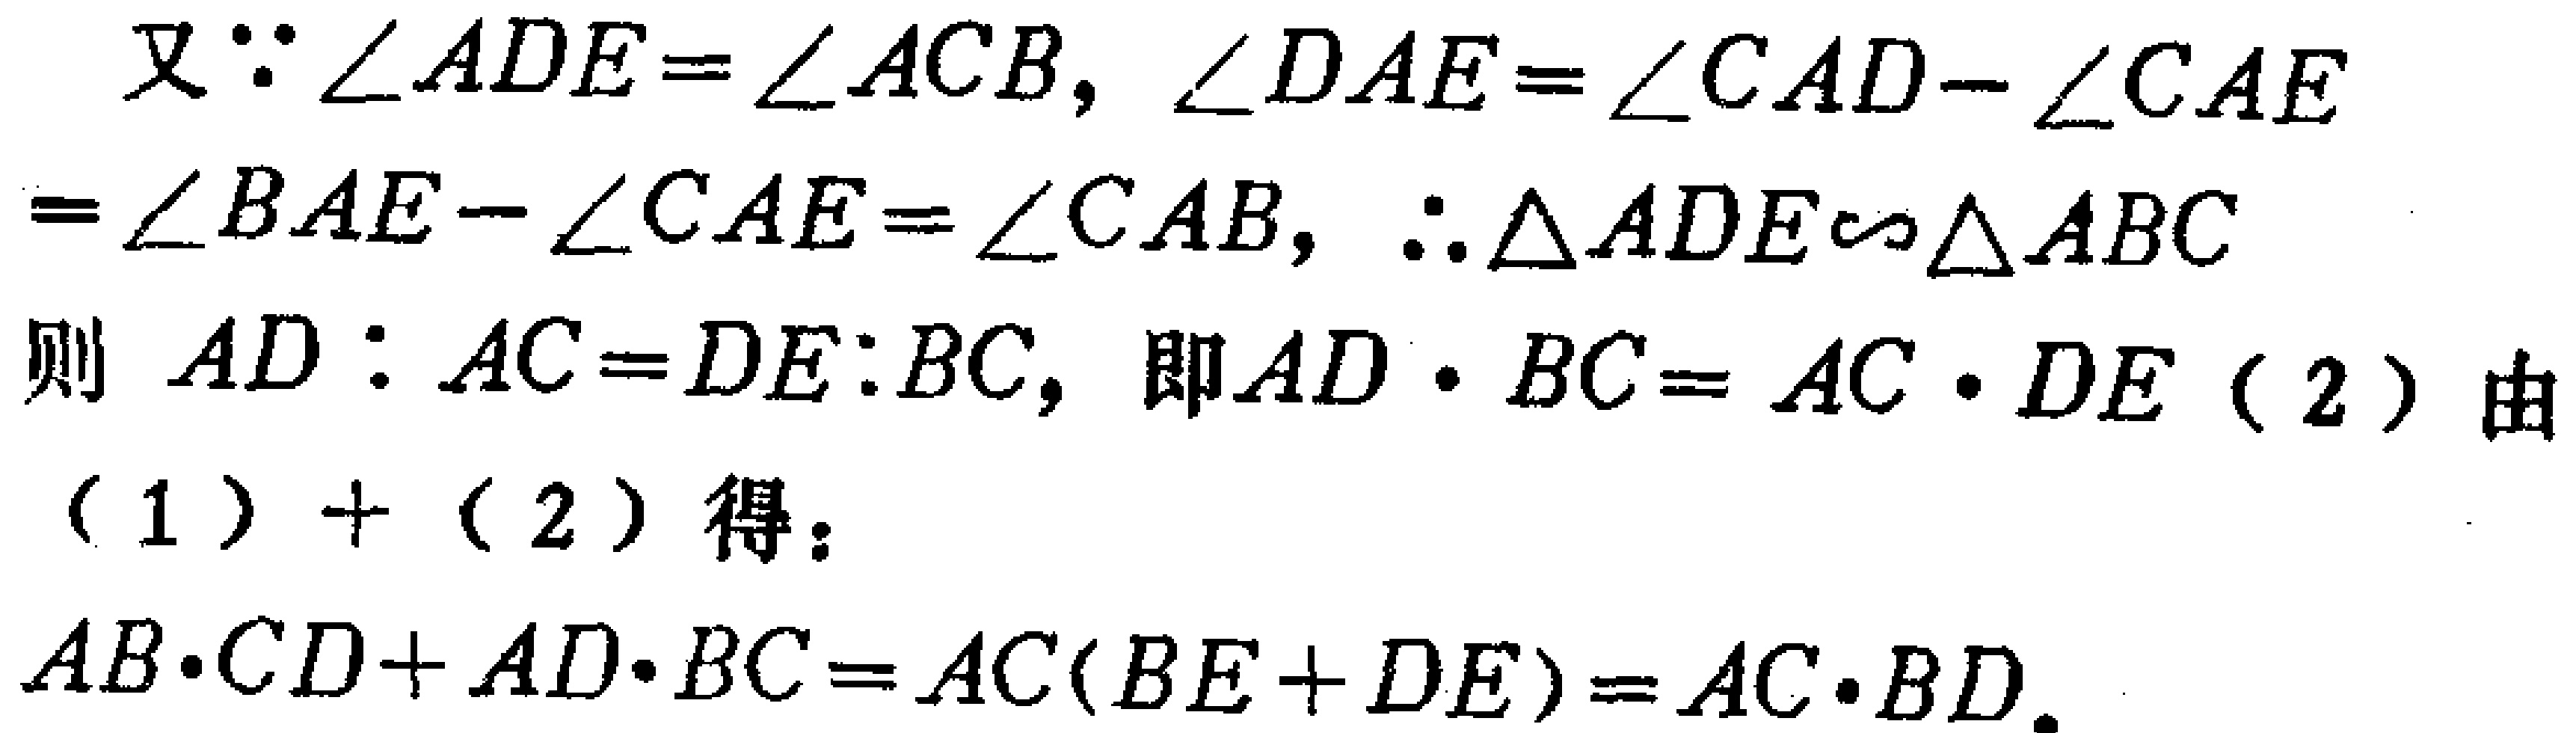
又\(\because \angle ADE = \angle ACB\)，\(\angle DAE=\angle CAD - \angle CAE=\angle BAE - \angle CAE=\angle CAB\)，\(\therefore \triangle ADE\sim\triangle ABC\)

则 \(AD:AC = DE:BC\)，即\(AD\cdot BC = AC\cdot DE\)（2）由

（1）+（2）得：

\(AB\cdot CD + AD\cdot BC=AC(BE + DE)=AC\cdot BD\)。